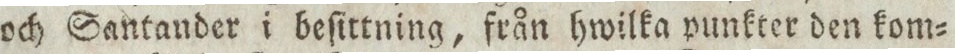
och Santander i beſittning, från hwilka punkter den kom=